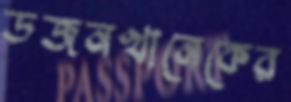
ডজনখানেকের